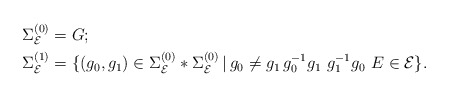
\begin{align*}&\Sigma_{\mathcal{E}}^{(0)} = G; \\&\Sigma_{\mathcal{E}}^{(1)} = \{ (g_0, g_1) \in \Sigma_\mathcal{E}^{(0)} * \Sigma_\mathcal{E}^{(0)}\, |\, g_0 \neq g_1 \, g_0^{-1} g_1\, \, g_1^{-1} g_0\, \, E \in \mathcal{E} \}.\end{align*}